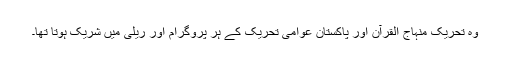
وہ تحریک منہاج القرآن اور پاکستان عوامی تحریک کے ہر پروگرام اور ریلی میں شریک ہوتا تھا۔